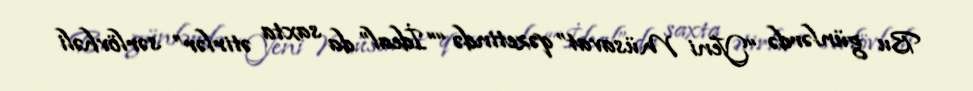
Bu günlərdə “Yeni Müsavat” qəzetində ““İdeal” da saxta ətirlər” sərlövhəli